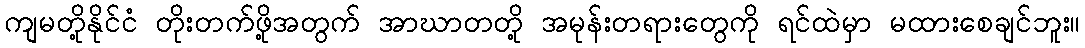
ကျမတို့နိုင်ငံ တိုးတက်ဖို့အတွက် အာဃာတတို့ အမုန်းတရားတွေကို ရင်ထဲမှာ မထားစေချင်ဘူး။